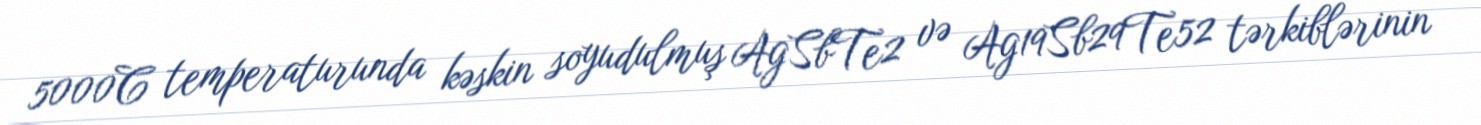
5000C temperaturunda kəskin soyudulmuş AgSbTe2 və Ag19Sb29Te52 tərkiblərinin